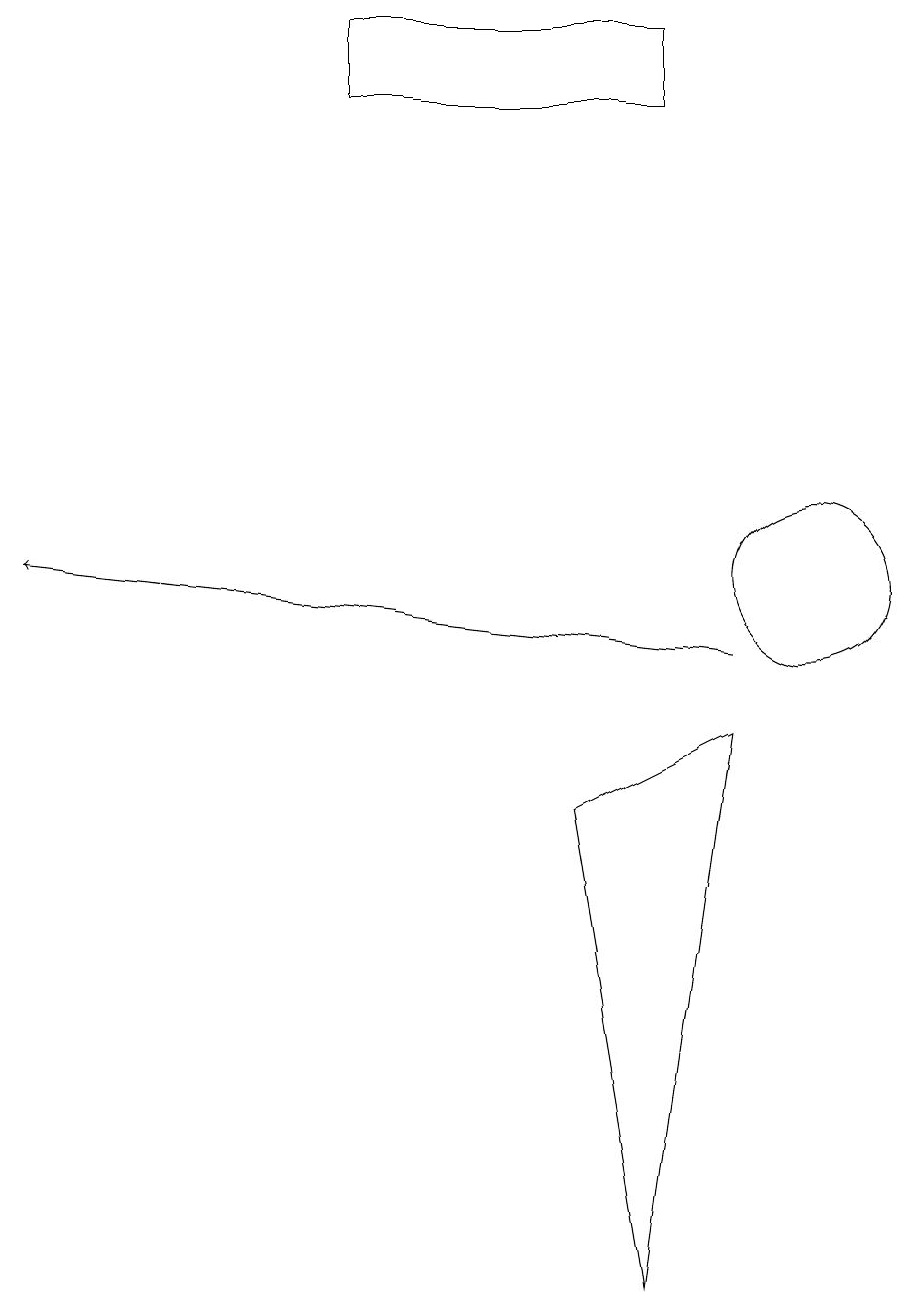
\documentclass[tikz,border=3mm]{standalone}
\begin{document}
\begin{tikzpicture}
\draw (9,9) -- (8,2) -- (7,8) -- cycle;
\draw (4,18) rectangle (8,17);
\draw (10,11) circle (1);
\draw[->] (9,10) -- (0,11);
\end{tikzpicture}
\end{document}